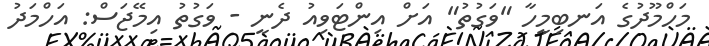
މަހްމޫދުގެ އަނބިމީހާ "ވަގުތު" އަށް އިންޓަވިއު ދެނީ - ވަގުތު އިމޭޖަސް: އަހްމަދު